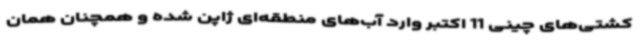
کشتی‌های چینی 11 اکتبر وارد آب‌های منطقه‌ای ژاپن شده و همچنان همان